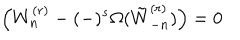
\left( W _ { n } ^ { ( r ) } - ( - ) ^ { s } \Omega ( \tilde { W } _ { - n } ^ { ( r ) } ) \right) = 0